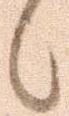
候